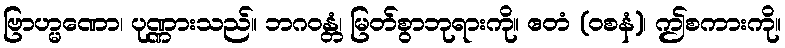
ဗြာဟ္မဏော၊ ပုဏ္ဏားသည်။ ဘဂဝန္တံ၊ မြတ်စွာဘုရားကို။ ဧတံ (ဝစနံ)၊ ဤစကားကို။